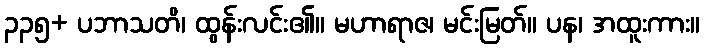
၃၃၅+ ပဘာသတိ၊ ထွန်းလင်း၏။ မဟာရာဇ၊ မင်းမြတ်။ ပန၊ အထူးကား။